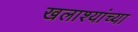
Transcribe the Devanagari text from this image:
खलाश्यांच्या